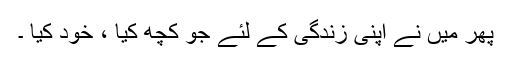
پھر میں نے اپنی زندگی کے لئے جو کچھ کیا ، خود کیا ۔